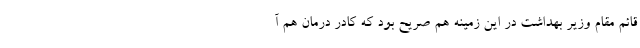
قائم مقام وزیر بهداشت در این زمینه هم صریح بود که کادر درمان هم آ